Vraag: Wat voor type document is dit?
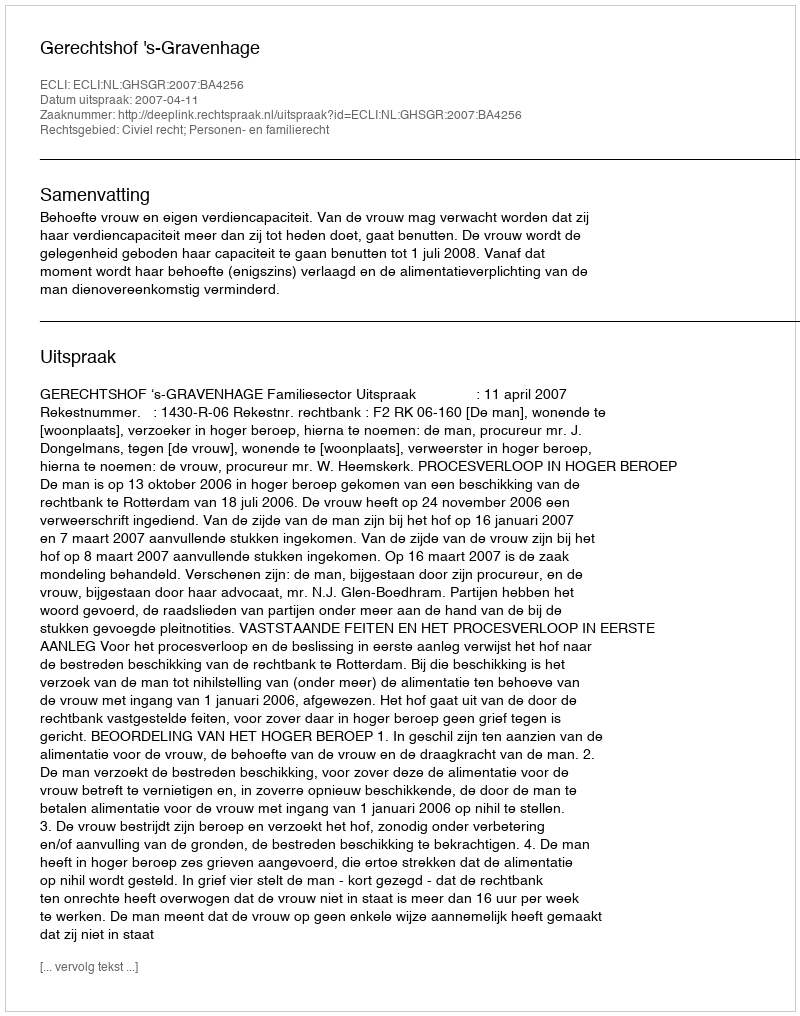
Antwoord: Uitspraak